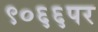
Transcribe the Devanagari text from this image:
९०६६पर